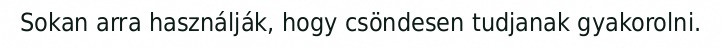
Sokan arra használják, hogy csöndesen tudjanak gyakorolni.